Indian journal of veterinary science and animal husbandry - Volume 10,
Year: 1940
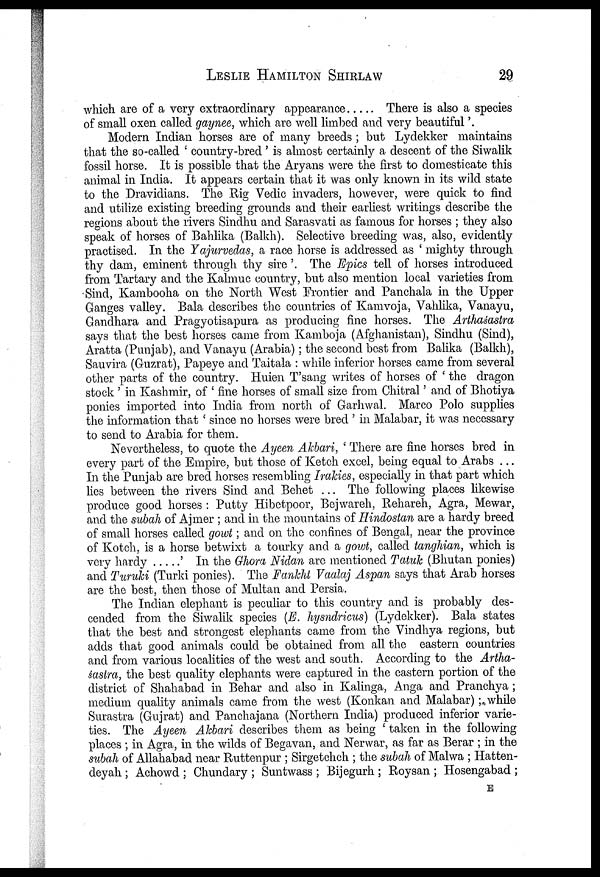
LESLIE
HAMILTON
SHIRLAW
29
which are of a very extraordinary appearance
There is also a species
of small oxen called gaynee, which are well limbed and very beautiful'.
Modern Indian horses are of many breeds ; but Lydekker maintains
that the so-called ' country-bred ' is almost certainly a descent of the Siwalik
fossil horse. It is possible that the Aryans were the first to domesticate this
animal in India. It appears certain that it was only known in its wild state
to the Dravidians. The Rig Vedic invaders, however, were quick to find
and utilize existing breeding grounds and their earliest writings describe the
regions about the rivers Sindhu and Sarasvati as famous for horses ; they also
speak of horses of Bahlika (Balkh). Selective breeding was, also, evidently
practised. In the Yajurvedas, a race horse is addressed as ' mighty through
thy dam, eminent through thy sire'. The Epics tell of horses introduced
from Tartary and the Kalmuc country, but also mention local varieties from
Sind, Kambooha on the North West Frontier and Panchala in the Upper
Ganges valley. Bala describes the countries of Kamvoja, Vahlika, Vanayu,
Gandhara and Pragyotisapura as producing fine horses. The Arthaśastra
says that the best horses came from Kamboja (Afghanistan), Sindhu (Sind),
Aratta (Punjab), and Vanayu (Arabia) ; the second best from Balika (Balkh),
Sauvira (Guzrat), Papeye and Taitala : while inferior horses came from several
other parts of the country. Huien T'sang writes of horses of ' the dragon
stock ' in Kashmir, of ' fine horses of small size from Chitral' and of Bhotiya
ponies imported into India from north of Garhwal. Marco Polo supplies
the information that ' since no horses were bred ' in Malabar, it was necessary
to send to Arabia for them.
Nevertheless, to quote the Ayeen Akbari, ' There are fine horses bred in
every part of the Empire, but those of Ketch excel, being equal to Arabs ...
In the Punjab are bred horses resembling Irakies, especially in that part which
lies between the rivers Sind and Behet ... The following places likewise
produce good horses : Putty Hibetpoor, Bejwareh, Rehareh, Agra, Mewar,
and the subah of Ajmer ; and in the mountains of Hindostan are a hardy breed
of small horses called gowt; and on the confines of Bengal, near the province
of Kotch, is a horse betwixt a tourky and a gowt, called tanghian, which is
very hardy
' In the Ghora Nidan are mentioned Tatuk (Bhutan ponies)
and Turuki (Turki ponies). The Fankht Vaalaj Aspan says that Arab horses
are the best, then those of Multan and Persia.
The Indian elephant is peculiar to this country and is probably des
cended from the Siwalik species (E. hysndricus) (Lydekker). Bala states
that the best and strongest elephants came from the Vindhya regions, but
adds that good animals could be obtained from all the eastern countries
and from various localities of the west and south. According to the Artha
śastra, the best quality elephants were captured in the eastern portion of the
district of Shahabad in Behar and also in Kalinga, Anga and Pranchya ;
medium quality animals came from the west (Konkan and Malabar) ; while
Surastra (Gujrat) and Panchajana (Northern India) produced inferior varie
ties. The Ayeen Akbari describes them as being ' taken in the following
places ; in Agra, in the wilds of Begavan, and Nerwar, as far as Berar ; in the
subah of Allahabad near Ruttenpur ; Sirgetchch ; the subah of Malwa ; Hatten¬
deyah ; Achowd ; Chundary ; Suntwass ; Bijegurh ; Roysan ; Hosengabad ;
E